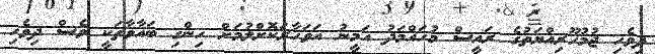
ދިވެހި ޖުމުހޫރިއްޔަތުގެ ރައީސް މުހައްމަދު އަމީނު އަވަހާރަކޮށްލުމަށް ހިންގި ބަޣާވާތަކީ ވެސް ދިވެހި